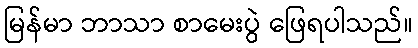
မြန်မာ ဘာသာ စာမေးပွဲ ဖြေရပါသည်။